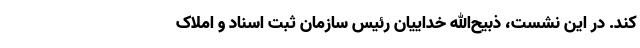
کند. در این نشست، ذبیح‌الله خداییان رئیس سازمان ثبت اسناد و املاک